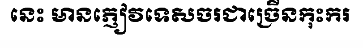
នេះ មានភ្ញៀវទេសចរជាច្រើនកុះករ